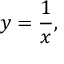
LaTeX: y = { \frac { 1 } { x } } ,